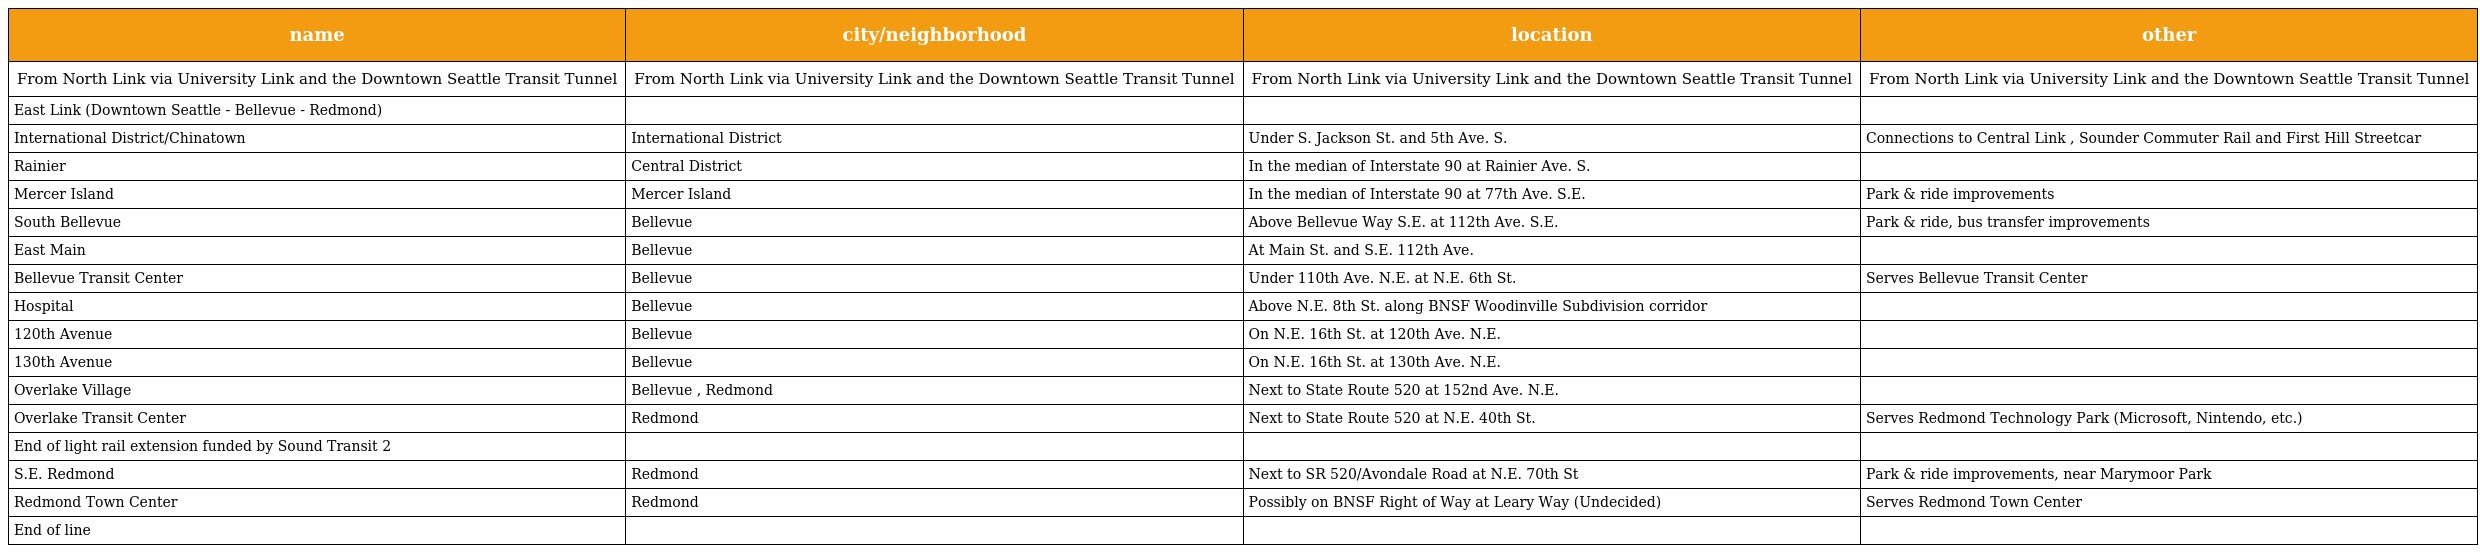
| name | city/neighborhood | location | other |
 | --- | --- | --- | --- |
 | From North Link via University Link and the Downtown Seattle Transit Tunnel | From North Link via University Link and the Downtown Seattle Transit Tunnel | From North Link via University Link and the Downtown Seattle Transit Tunnel | From North Link via University Link and the Downtown Seattle Transit Tunnel |
 | East Link (Downtown Seattle - Bellevue - Redmond) |  |  |  |
 | International District/Chinatown | International District | Under S. Jackson St. and 5th Ave. S. | Connections to Central Link , Sounder Commuter Rail and First Hill Streetcar |
 | Rainier | Central District | In the median of Interstate 90 at Rainier Ave. S. |  |
 | Mercer Island | Mercer Island | In the median of Interstate 90 at 77th Ave. S.E. | Park & ride improvements |
 | South Bellevue | Bellevue | Above Bellevue Way S.E. at 112th Ave. S.E. | Park & ride, bus transfer improvements |
 | East Main | Bellevue | At Main St. and S.E. 112th Ave. |  |
 | Bellevue Transit Center | Bellevue | Under 110th Ave. N.E. at N.E. 6th St. | Serves Bellevue Transit Center |
 | Hospital | Bellevue | Above N.E. 8th St. along BNSF Woodinville Subdivision corridor |  |
 | 120th Avenue | Bellevue | On N.E. 16th St. at 120th Ave. N.E. |  |
 | 130th Avenue | Bellevue | On N.E. 16th St. at 130th Ave. N.E. |  |
 | Overlake Village | Bellevue , Redmond | Next to State Route 520 at 152nd Ave. N.E. |  |
 | Overlake Transit Center | Redmond | Next to State Route 520 at N.E. 40th St. | Serves Redmond Technology Park (Microsoft, Nintendo, etc.) |
 | End of light rail extension funded by Sound Transit 2 |  |  |  |
 | S.E. Redmond | Redmond | Next to SR 520/Avondale Road at N.E. 70th St | Park & ride improvements, near Marymoor Park |
 | Redmond Town Center | Redmond | Possibly on BNSF Right of Way at Leary Way (Undecided) | Serves Redmond Town Center |
 | End of line |  |  |  |